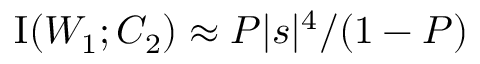
\operatorname { I } ( W _ { 1 } ; C _ { 2 } ) \approx P | s | ^ { 4 } / ( 1 - P )